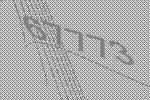
67773